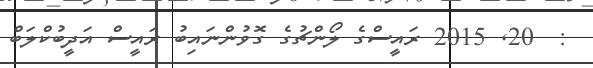
:  20